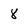
Character: 8